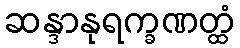
ဆန္ဒာနုရက္ခဏတ္ထံ